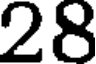
28